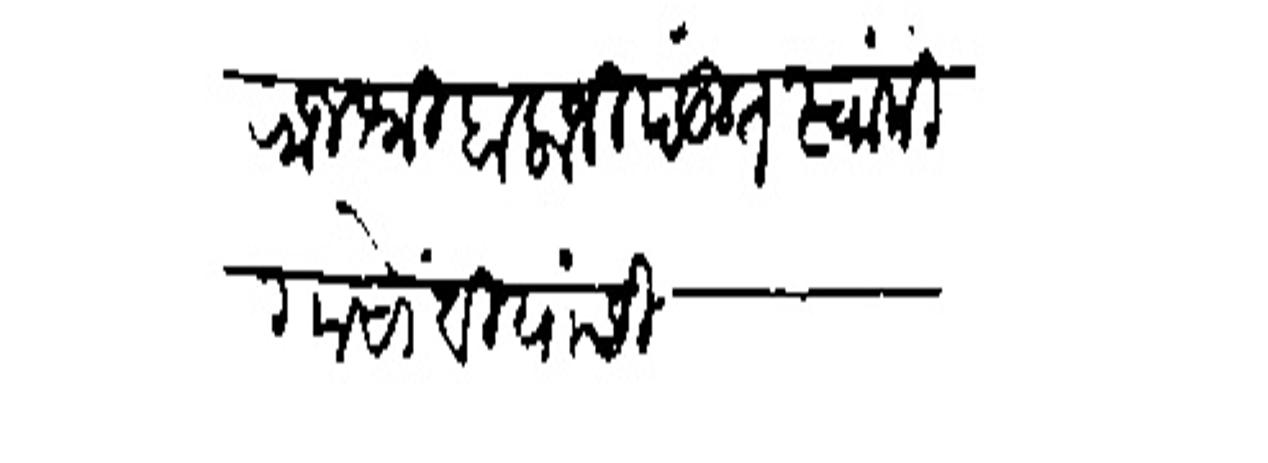
Transliteration (Devanagari): राजश्री बालाजी पंडित स्वांमी गोसांवी यांसी